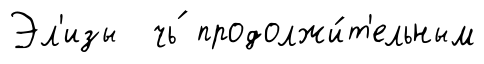
Эл'изы чь́ продолжи́т'ельным